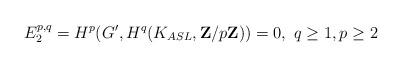
LaTeX: \begin{align*} E_2^{p,q}=H^p(G', H^q(K_{ASL},\mathbf Z/p\mathbf Z))=0,\ q\geq 1, p\geq 2\end{align*}